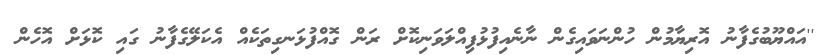
''އައްޔޫބުގެފާނު އޮރިޔާމުން ހުންނަވައިގެން ނާނެއިފުޅުފިއްލަވަނިކޮށް ރަން ގޮއްފުޅަނގިތަކެއް އެކަލޭގެފާނު ގައި ކޮޅަށް އޮހެން